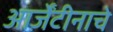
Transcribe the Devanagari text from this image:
आर्जेंटीनाचे